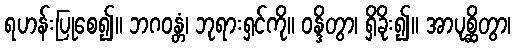
ရဟန်းပြုစေ၍။ ဘဂဝန္တံ၊ ဘုရားရှင်ကို။ ဝန္ဒိတွာ၊ ရှိခိုး၍။ အာပုစ္ဆိတွာ၊